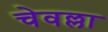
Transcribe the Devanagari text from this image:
चेवल्ला